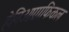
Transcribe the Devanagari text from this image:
हेगिओग्राफिकल